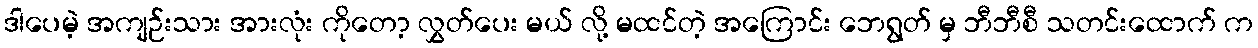
ဒါပေမဲ့ အကျဉ်းသား အားလုံး ကိုတော့ လွှတ်ပေး မယ် လို့ မထင်တဲ့ အကြောင်း ဘေရွတ် မှ ဘီဘီစီ သတင်းထောက် က